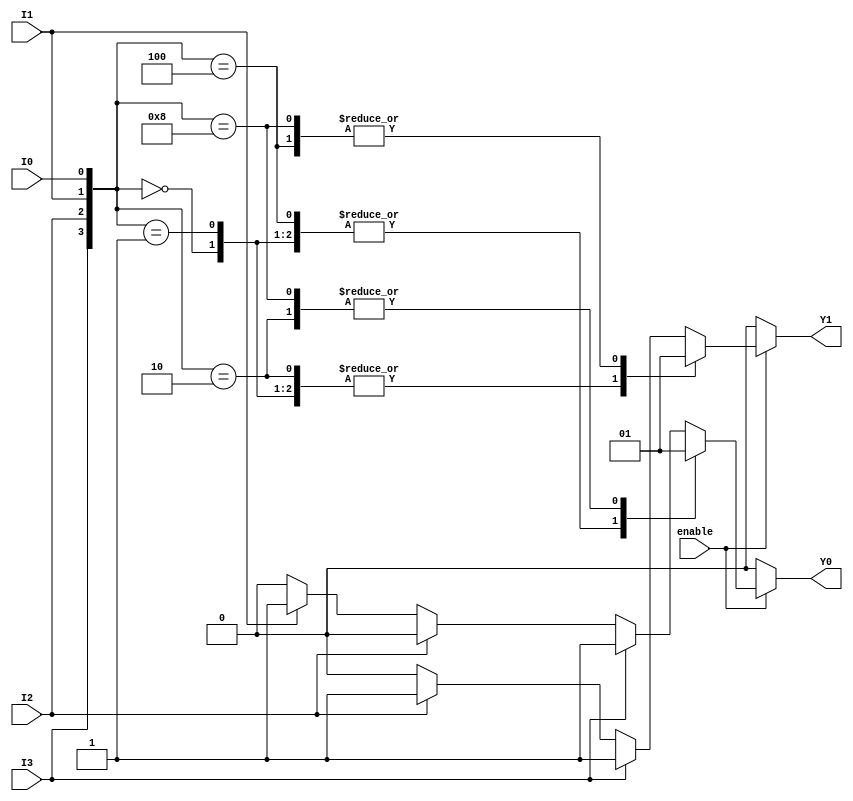
module encoder_4_to_2 (
    input wire I0,    // Input 0
    input wire I1,    // Input 1
    input wire I2,    // Input 2
    input wire I3,    // Input 3
    input wire enable, // Enable signal
    output reg Y0,    // Output 0
    output reg Y1     // Output 1
);

always @(*) begin
    if (!enable) begin
        // If enable is low, set outputs to 00
        Y0 = 1'b0;
        Y1 = 1'b0;
    end else begin
        // Encoder logic
        case ({I3, I2, I1, I0})
            4'b0000: begin
                Y0 = 1'b0; // No active input
                Y1 = 1'b0; // No active input
            end
            4'b0001: begin
                Y0 = 1'b0; // I0 active
                Y1 = 1'b0; // I0 active
            end
            4'b0010: begin
                Y0 = 1'b1; // I1 active
                Y1 = 1'b0; // I1 active
            end
            4'b0100: begin
                Y0 = 1'b0; // I2 active
                Y1 = 1'b1; // I2 active
            end
            4'b1000: begin
                Y0 = 1'b1; // I3 active
                Y1 = 1'b1; // I3 active
            end
            default: begin
                // Handle cases with multiple inputs active
                // Prioritize higher index inputs
                if (I3) begin
                    Y0 = 1'b1;
                    Y1 = 1'b1; // I3 active
                end else if (I2) begin
                    Y0 = 1'b0;
                    Y1 = 1'b1; // I2 active
                end else if (I1) begin
                    Y0 = 1'b1;
                    Y1 = 1'b0; // I1 active
                end else if (I0) begin
                    Y0 = 1'b0;
                    Y1 = 1'b0; // I0 active
                end else begin
                    Y0 = 1'b0; // Default case
                    Y1 = 1'b0; // Default case
                end
            end
        endcase
    end
end

endmodule